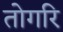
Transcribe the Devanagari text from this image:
तोगरि